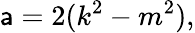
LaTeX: \mathsf{a}=2(k^{2}-m^{2}),